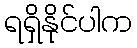
ရရှိနိုင်ပါက